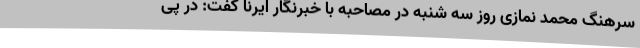
سرهنگ محمد نمازی روز سه شنبه در مصاحبه با خبرنگار ایرنا گفت: در پی